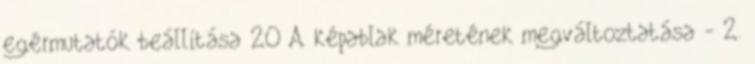
egérmutatók beállítása 20 A képablak méretének megváltoztatása - 2.